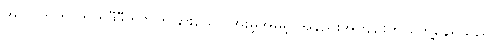
အပြင်ဘက် ဟိုဟိုဒီဒီတွင် တခြားသော အိုးမဲ့အိမ်မဲ့ အနည်းအကျဉ်းကို တွေ့နေရသည်။